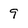
Character: 9